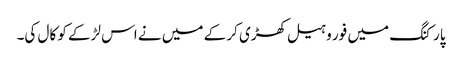
پارکنگ میں فور وہیل کھڑی کر کے میں نے اس لڑکے کو کال کی۔